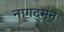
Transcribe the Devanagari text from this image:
नागदमन